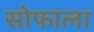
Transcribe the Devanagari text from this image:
सोफाला